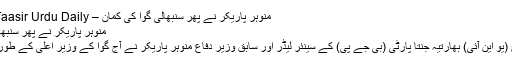
منوہر پاریکر نے پھر سنبھالی گوا کی کمان – Taasir Urdu Daily روزنامه تاثیر
منوہر پاریکر نے پھر سنبھالی گوا کی کمان
پنجی، 14 مارچ (یو این آئی) بھارتیہ جنتا پارٹی (بی جے پی) کے سینئر لیڈر اور سابق وزیر دفاع منوہر پاریکر نے آج گوا کے وزیر اعلی کے طور پر حلف لے لیا۔